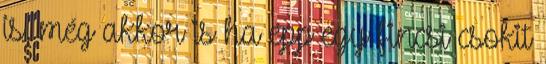
is, még akkor is ha épp egy fincsi csokit